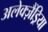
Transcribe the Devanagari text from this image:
अलेक्ज़ैंड्रिया